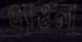
এ্যাওলা